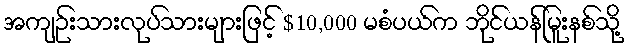
အကျဉ်းသားလုပ်သားများဖြင့် $10,000 မစံပယ်က ဘိုင်ယန်မြူးနစ်သို့